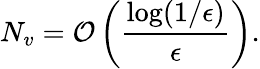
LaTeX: N_{v}=\mathcal{O}\left(\frac{\log(1/\epsilon)}{\epsilon}\right).